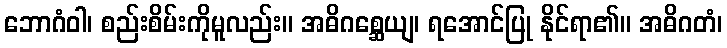
ဘောဂံဝါ၊ စည်းစိမ်းကိုမူလည်း။ အဓိဂစ္ဆေယျ၊ ရအောင်ပြု နိုင်ရာ၏။ အဓိဂတံ၊